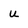
Character: u